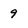
Character: 9